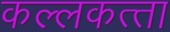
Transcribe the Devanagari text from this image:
कल्‍लकत्‍ता